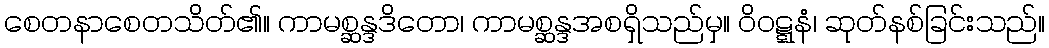
စေတနာစေတသိတ်၏။ ကာမစ္ဆန္ဒဒိတော၊ ကာမစ္ဆန္ဒအစရှိသည်မှ။ ဝိဝဋ္ဋနံ၊ ဆုတ်နစ်ခြင်းသည်။